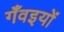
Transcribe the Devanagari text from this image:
गँवइयों